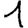
Digit: 1